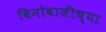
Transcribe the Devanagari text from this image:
विनोबाजींच्या